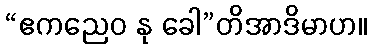
“ဧကညေဝ နု ခေါ”တိအာဒိမာဟ။